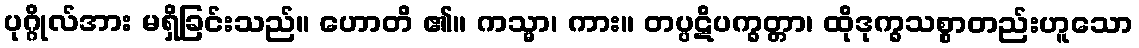
ပုဂ္ဂိုလ်အား မရှိခြင်းသည်။ ဟောတိ ၏။ ကသ္မာ၊ ကား။ တပ္ပဋိပက္ခတ္တာ၊ ထိုဒုက္ခသစ္စာတည်းဟူသော